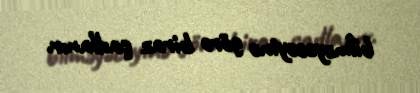
bilməyəcəyinə görə biraz şadlanır.